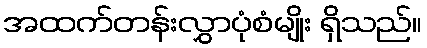
အထက်တန်းလွှာပုံစံမျိုး ရှိသည်။